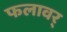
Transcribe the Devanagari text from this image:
फलावर्